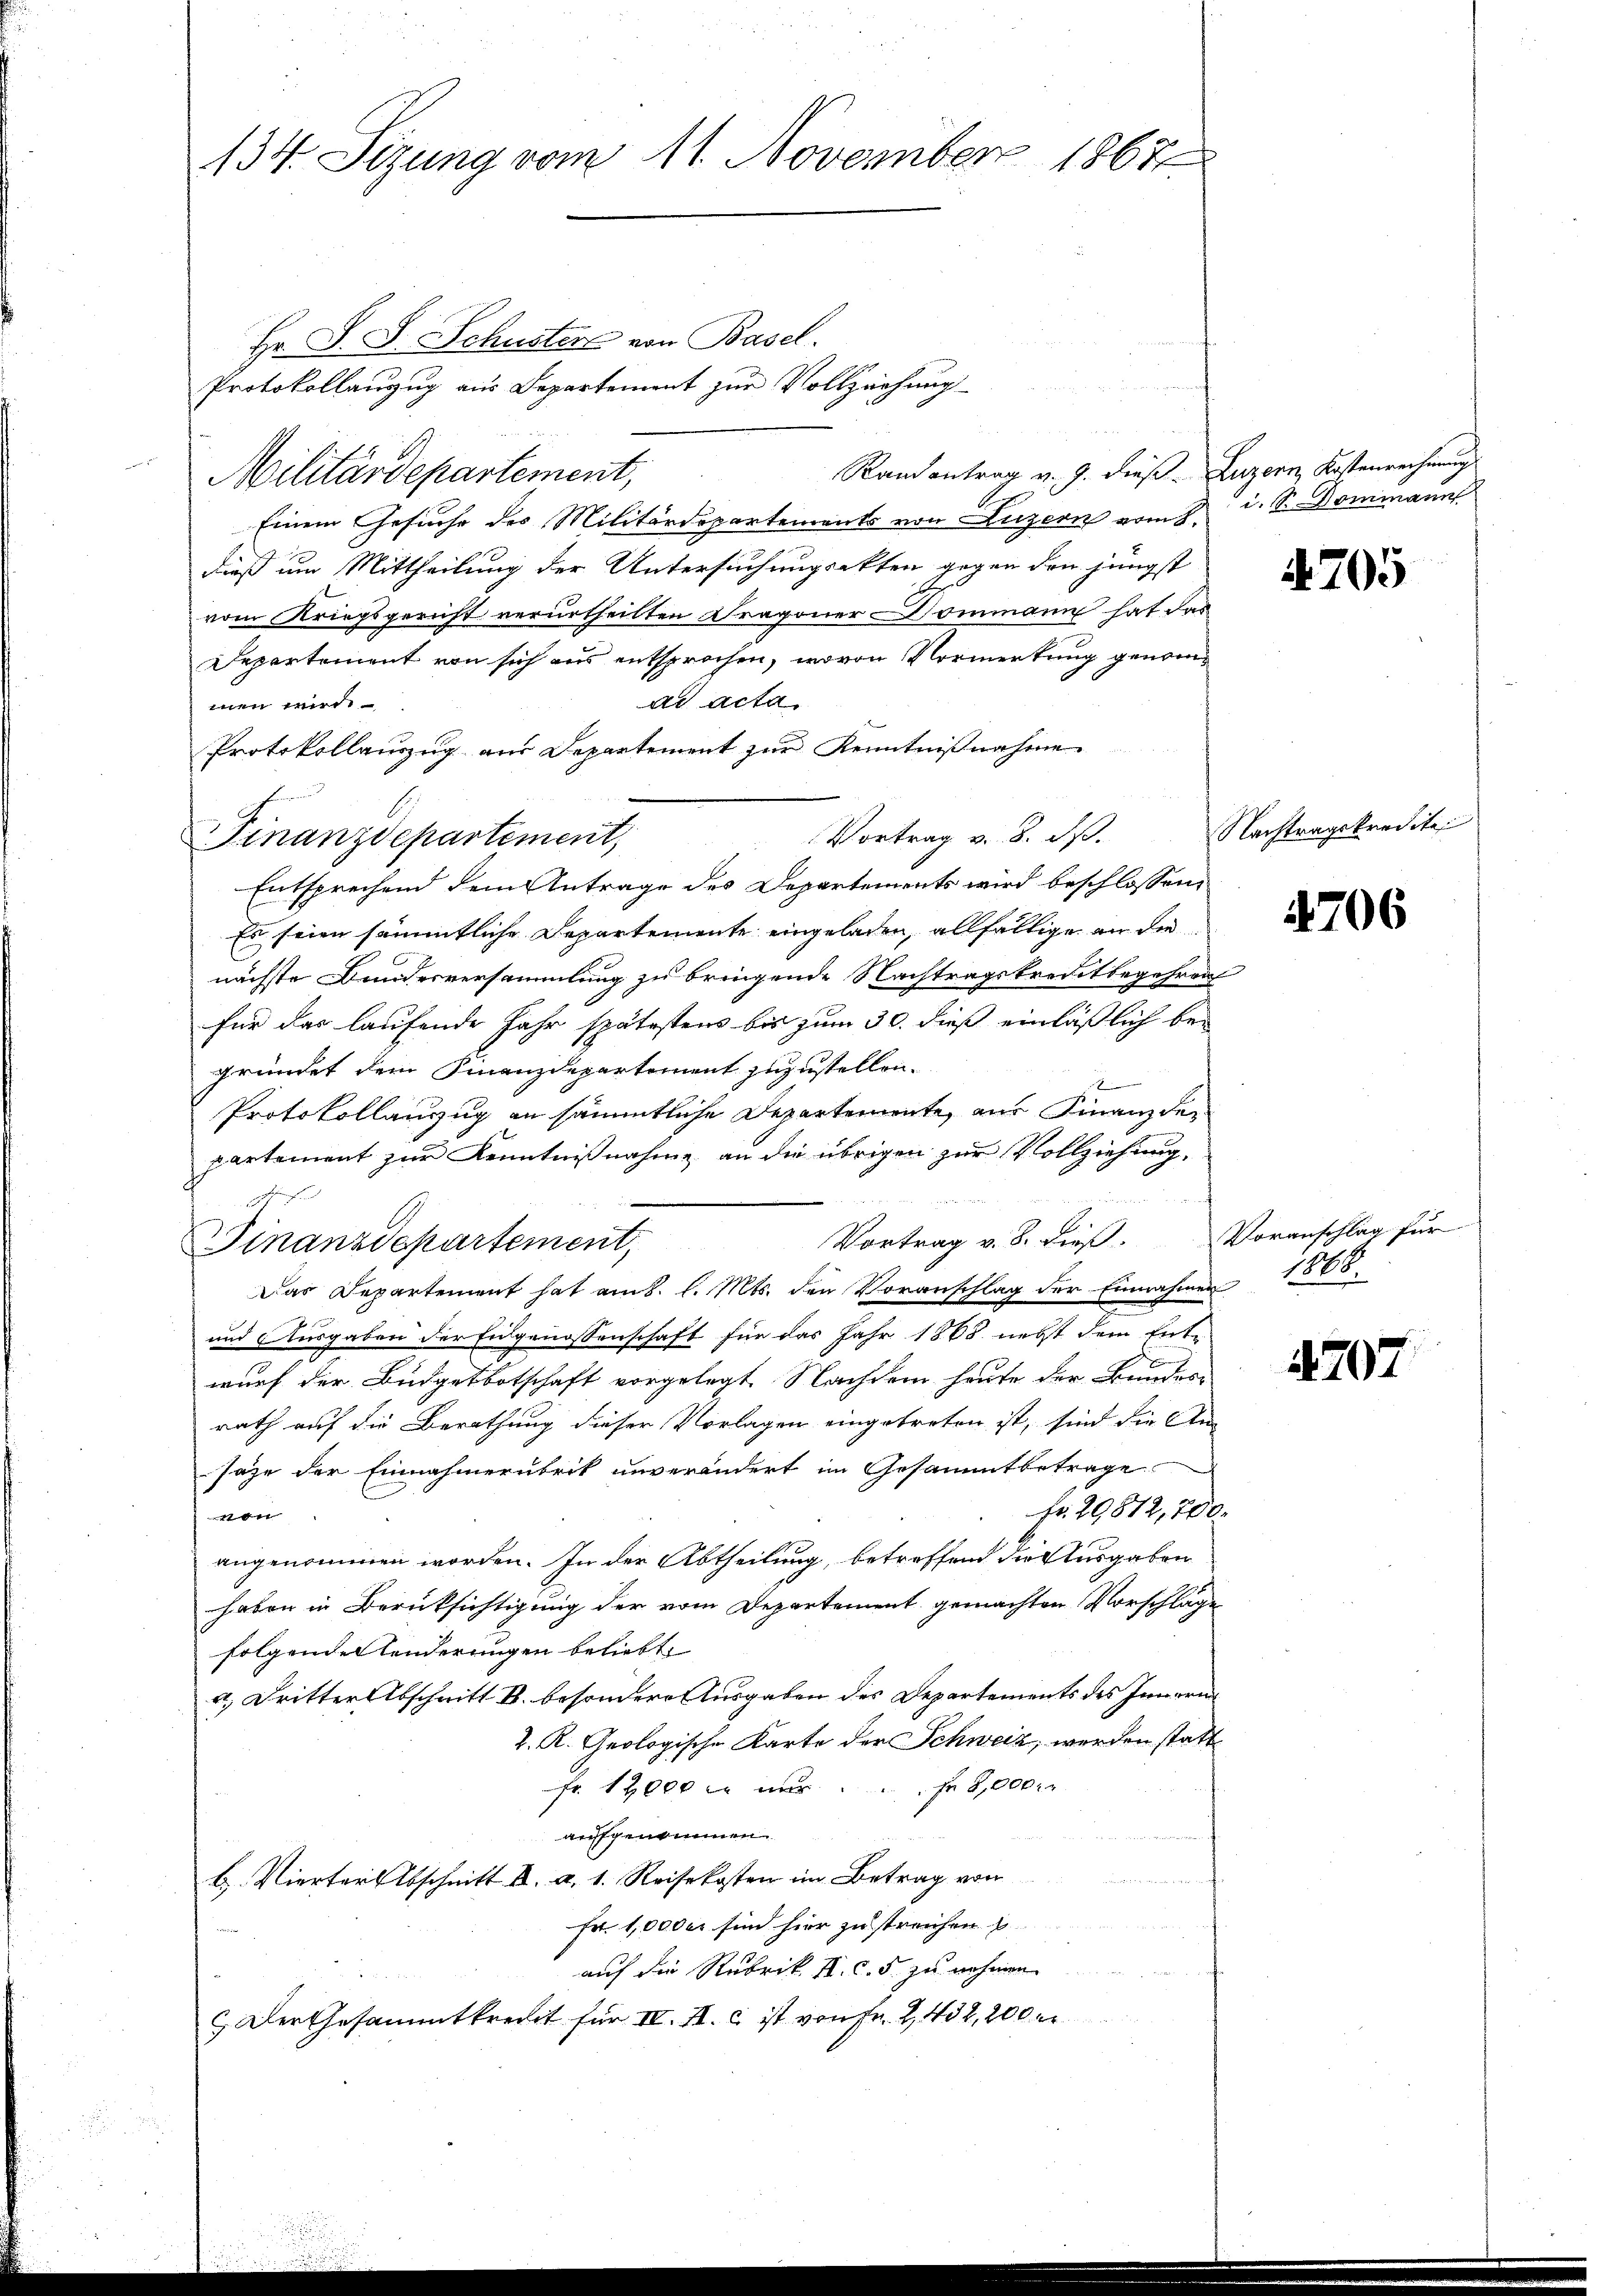
134. Sizung vom 11. November 1867

Hr. S. S. Schusters von Basel.
Protokollanzug aus Departement zur Vollziehung
Randantrag v. 9. diese Luzern, Kostenrechnung
Militärdepartement,
Einem Gesuche des Militärdepartements von Luzern vom 8.
dieß um Mittheilung der Untersuchungsakten gegen den jüngst
vom Kriegsgericht verurtheilten Dragoner Dommann hat das
Departement von sich aus entsprochen, wovon Vormerkung genomad acta
men wird.
Protokollauszug aus Departement zur Kenntnißnahm
rmund
Vortrag v. 8. ds.
Finanzdepartement,
Entsprechend dem Antrage des Departements wird beschlossen,
Es seien sämmtliche Departemente eingeladen, allfällige an die
nächste Bundesversammlung zu bringende Nachtragskreditbegehren
für das laufende Jahr spätestens bis zum 30. dieß einläßlich begründet dem Finanzdepartement zuzustellen.
Protokollanzug an sämmtliche Departemente, aus Finanzde
partement zur Kenntnißnahme an die übrigen zur Vollziehung,
h

Vortrag v. 8. dieß. Voranschlag für
Finanzdepartement,
Das Departement hat am 8. l. Mts. den Voranschlag der Einnahmen 1808.
und Ausgaben der Eidgenossenschaft für das Jahr 1868 nebst dem Ent-
wurf der Büdgetbotschaft vorgelegt. Nachdem Hause der Bundes-
rath auf die Berathung dieser Vorlagen eingetreten ist, sind die An-
saze der Einnahmernbrik unverändert im Gesammtbetrage
Fr. 29812,700
b
angenommen worden. In der Abtheilung, betreffend die Ausgaben
haben in Berüksichtigung der vom Departement gemachten Vorschläge
folgenden Sonderungen beliebt,
a. Dritter Abschritt B. besondere Ausgaben des Departements des Innern
L. K. Geologische Karte der Schweiz, werden statt
Fr. 12000 er nur ... s. 2,000
auffgenommen.
H. Vierter Abschnitt u. a. 1. Reisekosten im Betrag von
Fr. 1,0000 sind hier zu streichen u
auf die Rubrik II. c. 5 zu nehmen.
 Der Gesammtkredit für IV. II. c. ist von Fr. 2, 432, 200 er

i. S. Dommann

4705

Nachtragskredite

2

4706

4707